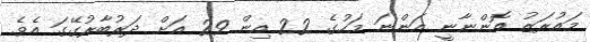
މައުރަޒު އޮންނާނީ އަންނަ މަހުގެ 22 އިން 29 އަށް ދަރުބާރުގޭގަ އެވެ.